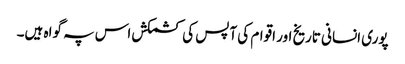
پوری انسانی تاریخ اور اقوام کی آپس کی کشمکش اس پہ گواہ ہیں۔